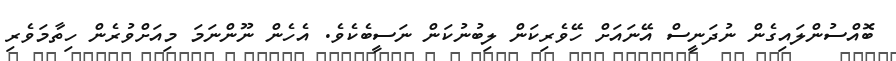
ބޮއްސުންލައިގެން ނުދަނީސް އޭނައަށް ހޭވެރިކަން ލިބުނުކަން ނަސީބެކެވެ. އެހެން ނޫންނަމަ މިއަށްވުރެން ހިތާމަވެރި